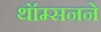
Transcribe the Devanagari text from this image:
थॉम्सनने